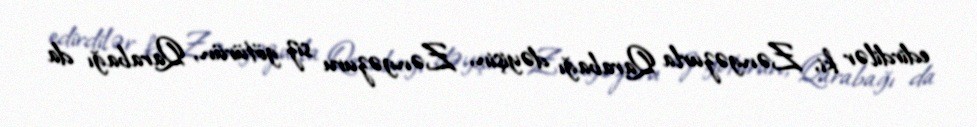
edirdilər ki, Zəngəzurla Qarabağı dəyişin, Zəngəzuru siz götürün, Qarabağı da